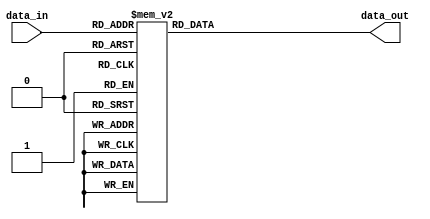
module foc_enc(
					data_in,
					data_out);										

input [3:0] data_in;

output [4:0] data_out;

wire [3:0] data_in;
reg [4:0] data_out; 

always @ (data_in)
begin 

	case(data_in)
	4'b0000 : data_out = 5'b00000;
	4'b0001 : data_out = 5'b00100;
	4'b0010 : data_out = 5'b00001;
	4'b0011 : data_out = 5'b00101;
	4'b0100 : data_out = 5'b00011;
	4'b0101 : data_out = 5'b00111;
	4'b0110 : data_out = 5'b10011;
	4'b0111 : data_out = 5'b10111;
	4'b1000 : data_out = 5'b10000;
	4'b1001 : data_out = 5'b10100;
	4'b1010 : data_out = 5'b10001;
	4'b1011 : data_out = 5'b10101;
	4'b1100 : data_out = 5'b11000;
	4'b1101 : data_out = 5'b11100;
	4'b1110 : data_out = 5'b11001;
	4'b1111 : data_out = 5'b11101;
	default : data_out = 5'bz;
	endcase		

end

endmodule